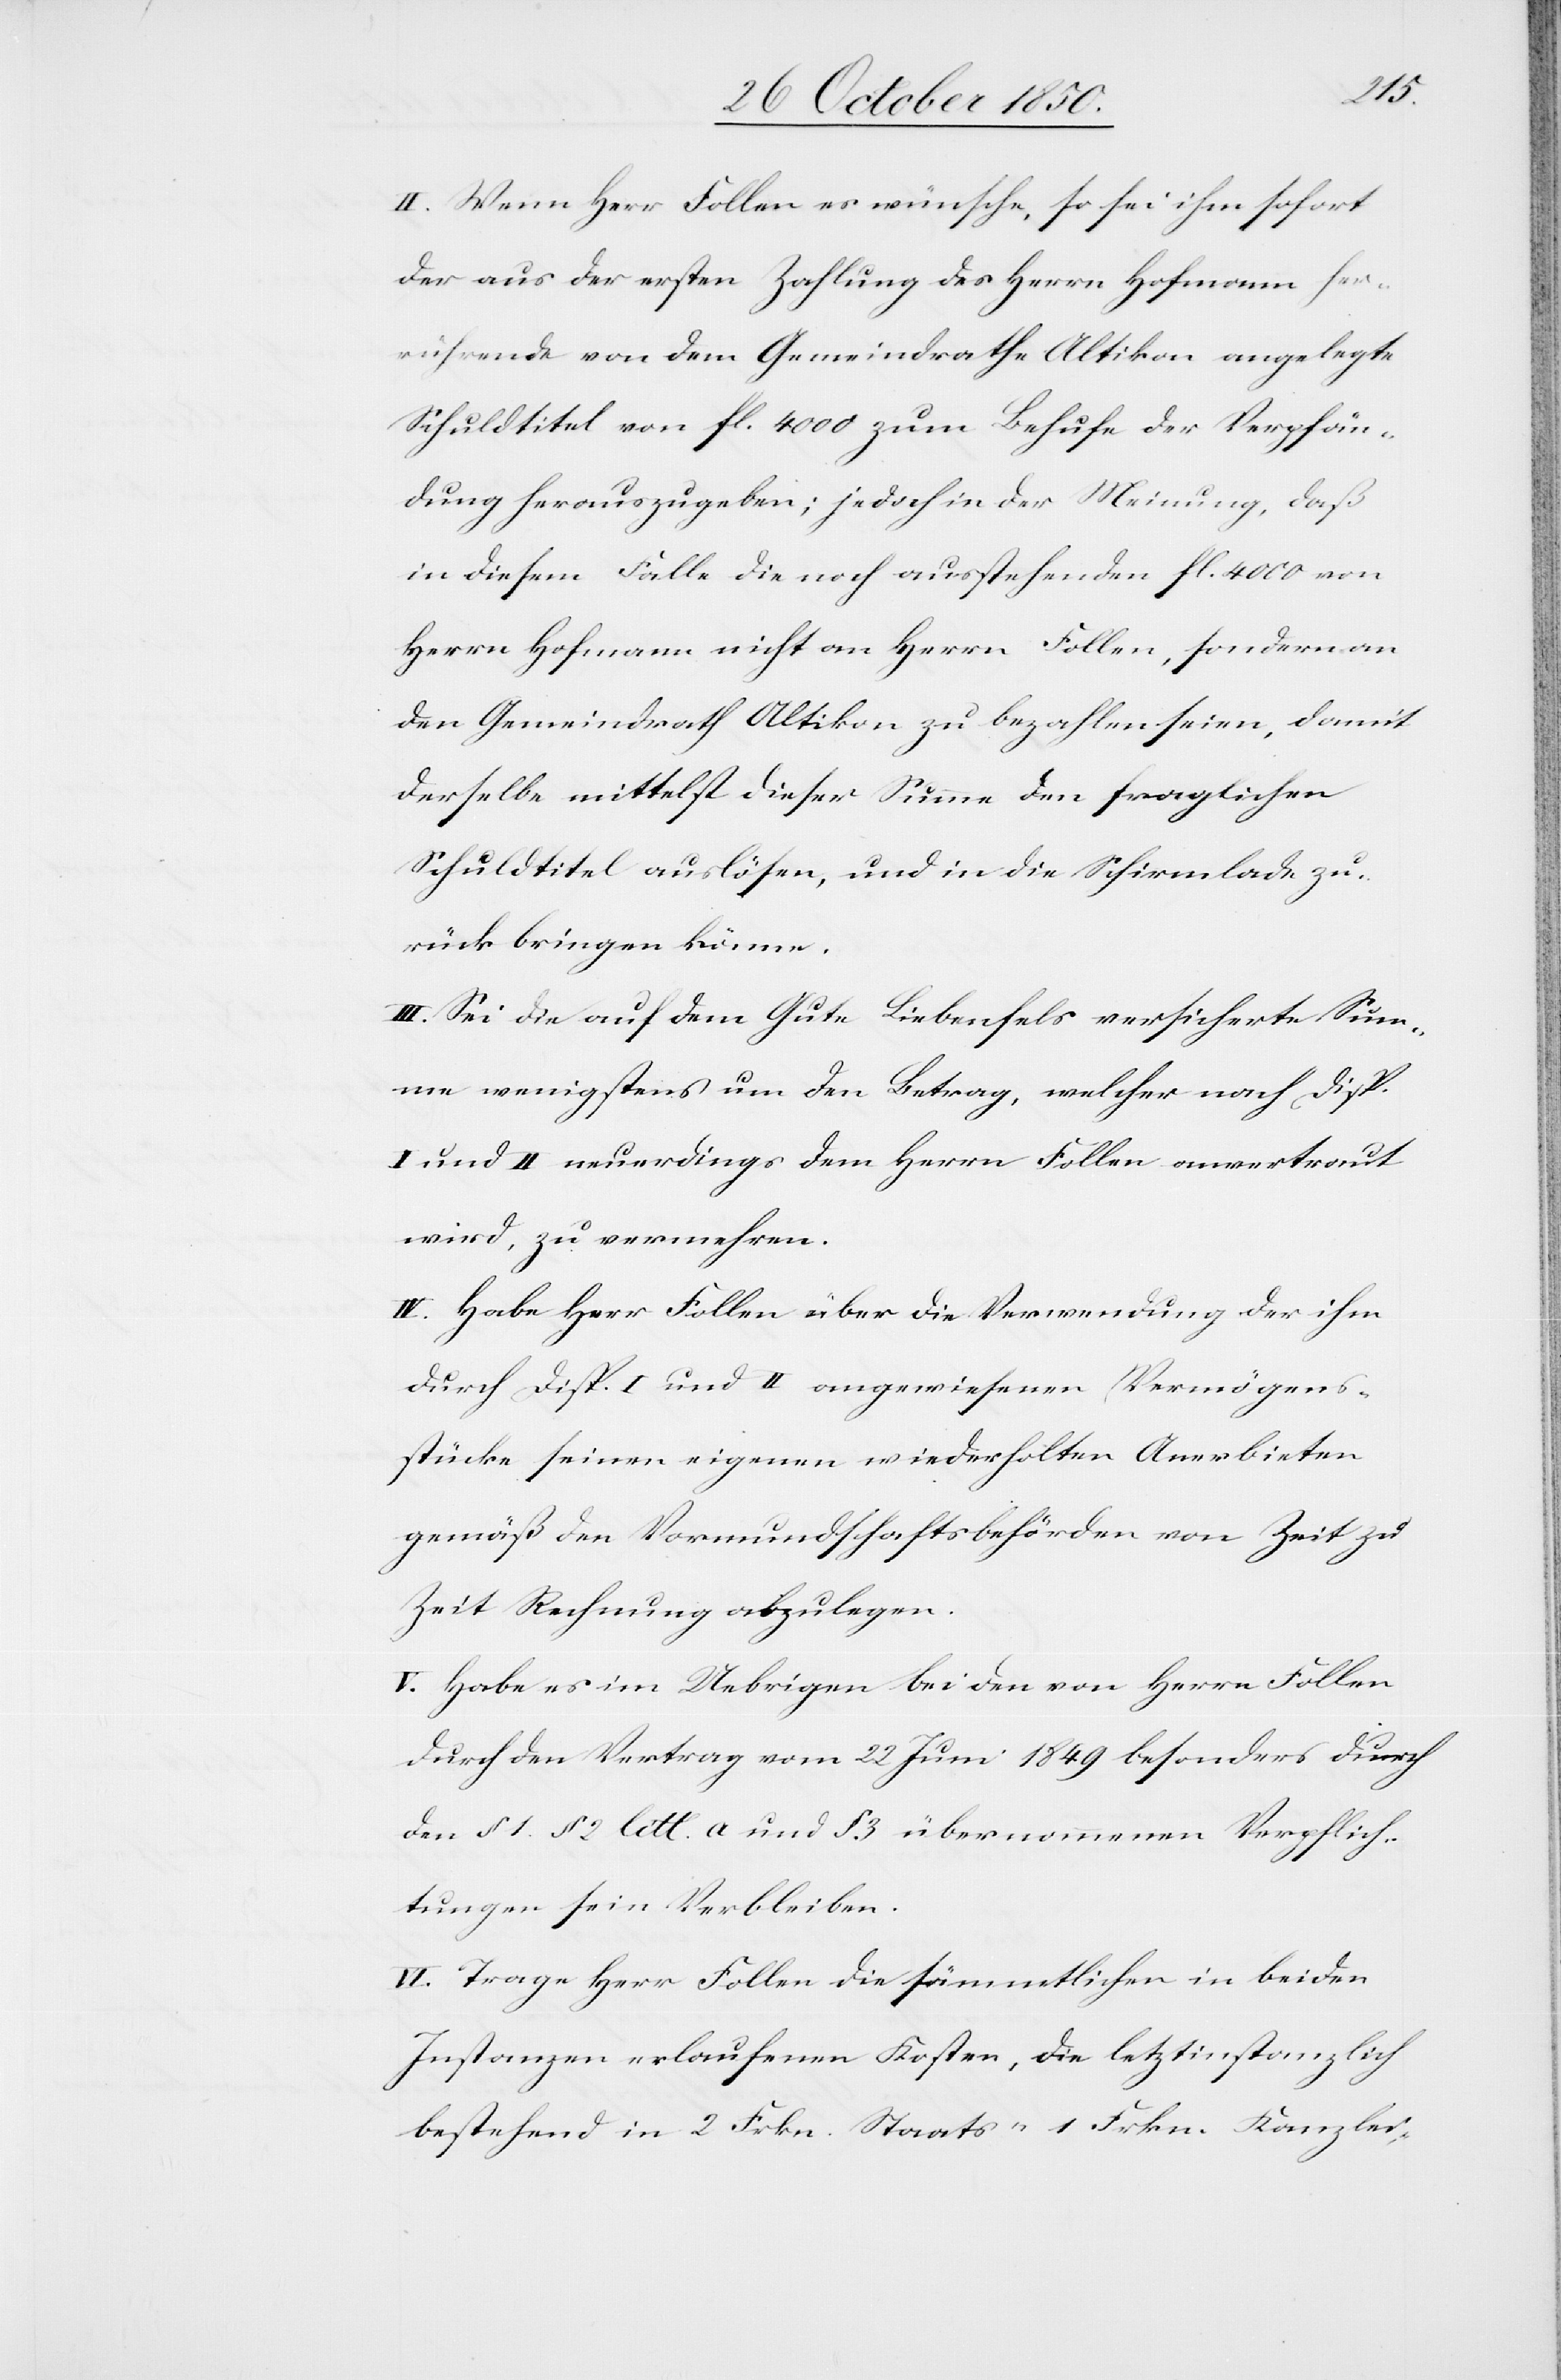
II. Wenn Herr Follen es wünsche, so sei ihm sofort
der aus der ersten Zahlung des Herrn Hofmann her¬
rührende von dem Gemeindrathe Altikon angelegte
Schuldtitel von fl. 4000 zum Behufe der Verpfän¬
dung herauszugeben; jedoch in der Meinung, daß
in diesem Falle die noch ausstehenden fl. 4000 von
Herrn Hofmann nicht an Herrn Follen, sondern an
den Gemeindrath Altikon zu bezahlen seien, damit
derselbe mittelst dieser Summe den fraglichen
Schuldtitel auslösen, und in die Schirmlade zu¬
rück bringen könne.
III. Sei die auf dem Gute Liebenfels versicherte Sum¬
me wenigstens um den Betrag, welcher nach Disp.
I und II neuerdings dem Herrn Follen anvertraut
wird, zu vermehren.
IV. Habe Herr Follen über die Verwendung der ihm
durch Disp. I und II angewiesenen Vermögens¬
stücke seinen eigenen wiederholten Anerbieten
gemäß den Vormundschaftsbehörden von Zeit zu
Zeit Rechnung abzulegen.
V. Habe es im Uebrigen bei den von Herrn Follen
durch den Vertrag vom 22 Juni 1849 besonders durch
den § 1. 12 litt. a und § 3 übernommenen Verpflich¬
tungen sein Verbleiben.
VI. Trage Herr Follen die sämmtlichen in beiden
Instanzen erlaufenen Kosten, die letztinstanzlich
bestehend in 2 Frkn. Staats- [,]1 Frkn. Kanzlei-,